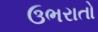
ઉભરાતો